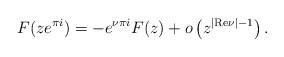
\begin{align*}F(ze^{\pi i})=-e^{\nu \pi i}F(z)+o\left( z^{|{\mathrm{Re}}\nu |-1}\right) .\end{align*}